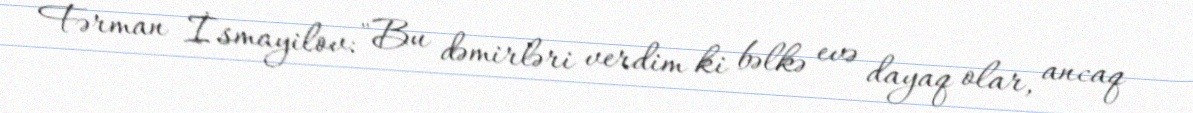
Fərman İsmayilov: "Bu dəmirləri verdim ki bəlkə evə dayaq olar, ancaq